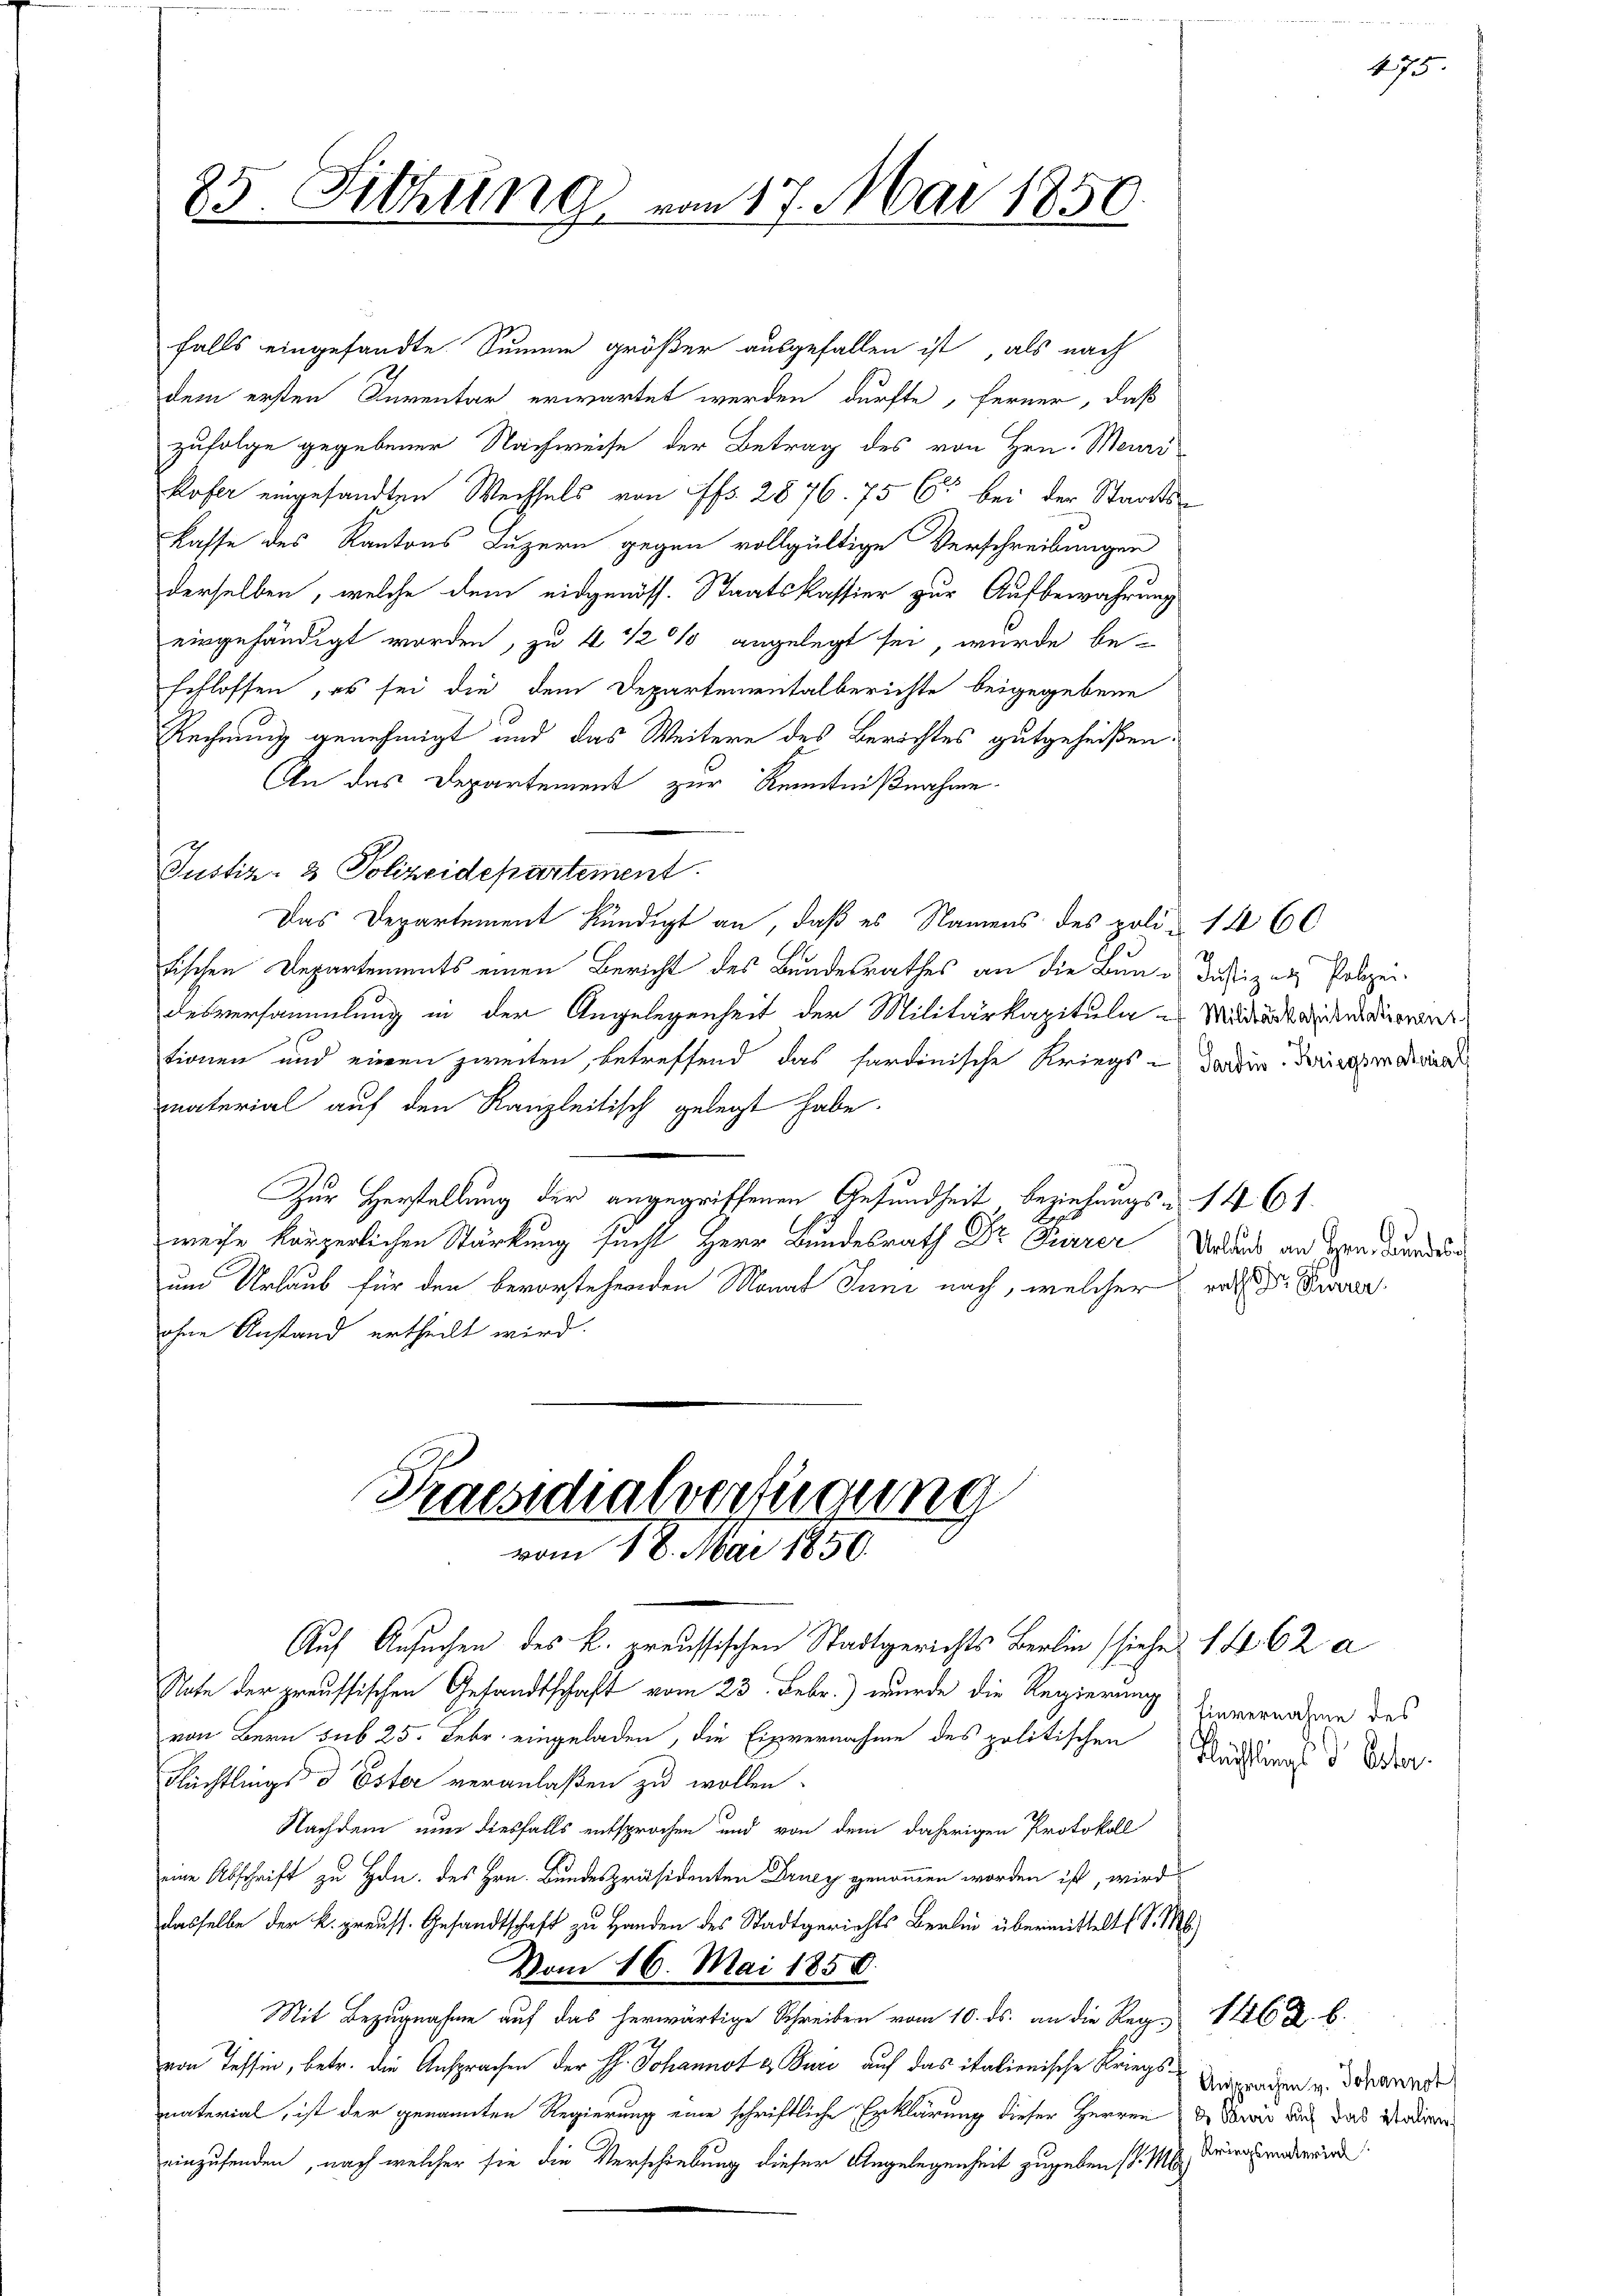
25. Sitzung vom 17. Mai 1856

falls eingesandte Summe größer ausgefallen ist, als nach
dem ersten Inventar erwartet werden dürfte, ferner, daß
zufolge gegebener Nachweise der Betrag des von Hrn. Meuri
kofer eingesandten Wechsels von Abs. 2876. 75 C bei der Staats¬
Kasse des Kantons Luzern gegen vollgültige Verschreibungen
derselben, welche dem eidgenöss. Staatskassier zur Aufbewahrung
eingehändigt worden, zu 4 1/2 % angelegt sei, wurde be-
schlossen, es sei die dem Departementalberichte beigegebene
Rechnung genehmigt und das Weitere des Berichtes gutgeheißen.
An das Departement zur Kenntnißnahme.
Justiz- & Polizeidepartement.
Das Departement kündigt an, daß es Namens des poli- 1460
tischen Departements einen Bericht des Bundesrathes an die Bund dasigen Polizeidesversammlung in der Angelegenheit der Militärkapiteln es Minderstandendiere
tionen und einen zweiten, betreffend das sardinische Kriegs - darin. Diesenderun
material auf den Kanzleitisch gelegt habe.
Zur Herstellung der angegriffenen Gesundheit beziehungs- 1461.
weise körperlichen Stärkung sucht Herr Bundesrath Dr Feurer Urlaub an Hrn. Dann di
um Urlaub für den bevorstehenden Monat Juni nach, welcher rat Bierer
ohne Anstand ertheilt wird.

Auf Ansuchen des k. preussischen Stadtgerichts Berlin (siehe. 1462 a
Nate der preussischen Gesandtschaft vom 23. Febr.) wurde die Regierung
von Bern sub 25. Febr. eingeladen, die Einvernahme des politischen Stadlings d Oder
Flüchtlings d Ester veranlaßen zu wollen.
Nachdem nun diesfalls entsprochen und von dem daherigen Protokoll
eine Abschrift zu Hon. des Hrn. Bundespräsidenten Druey genommen worden ist, wird
dasselbe der k. preuss. Gesandtschaft zu Handen des Stadtgerichts Berlin übermittelt (S. M.
Vom 16. Mai 1858.
Mit Bezugnahme auf das herwärtige Schreiben vom 10. ds. an die Reg. 1126 Z. b.
von Tessin, betr. die Ansprachen der H. Johannst & Buri auf das italienische Kriegsmaterial, ist der genannten Regierung eine schriftliche Erklärung dieser Herren Dr. Sowie auch das Modien
einzusenden, nach welcher sie die Verschiebung dieser Angelegenheit zugeben st. Mi

Praesidialverfügung
vom 18. Mai 1850.

Einvernahme des

475.

Ansprachen v. Johannot
Kriegsmaterial